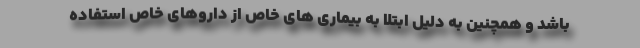
باشد و همچنین به دلیل ابتلا به بیماری های خاص از داروهای خاص استفاده